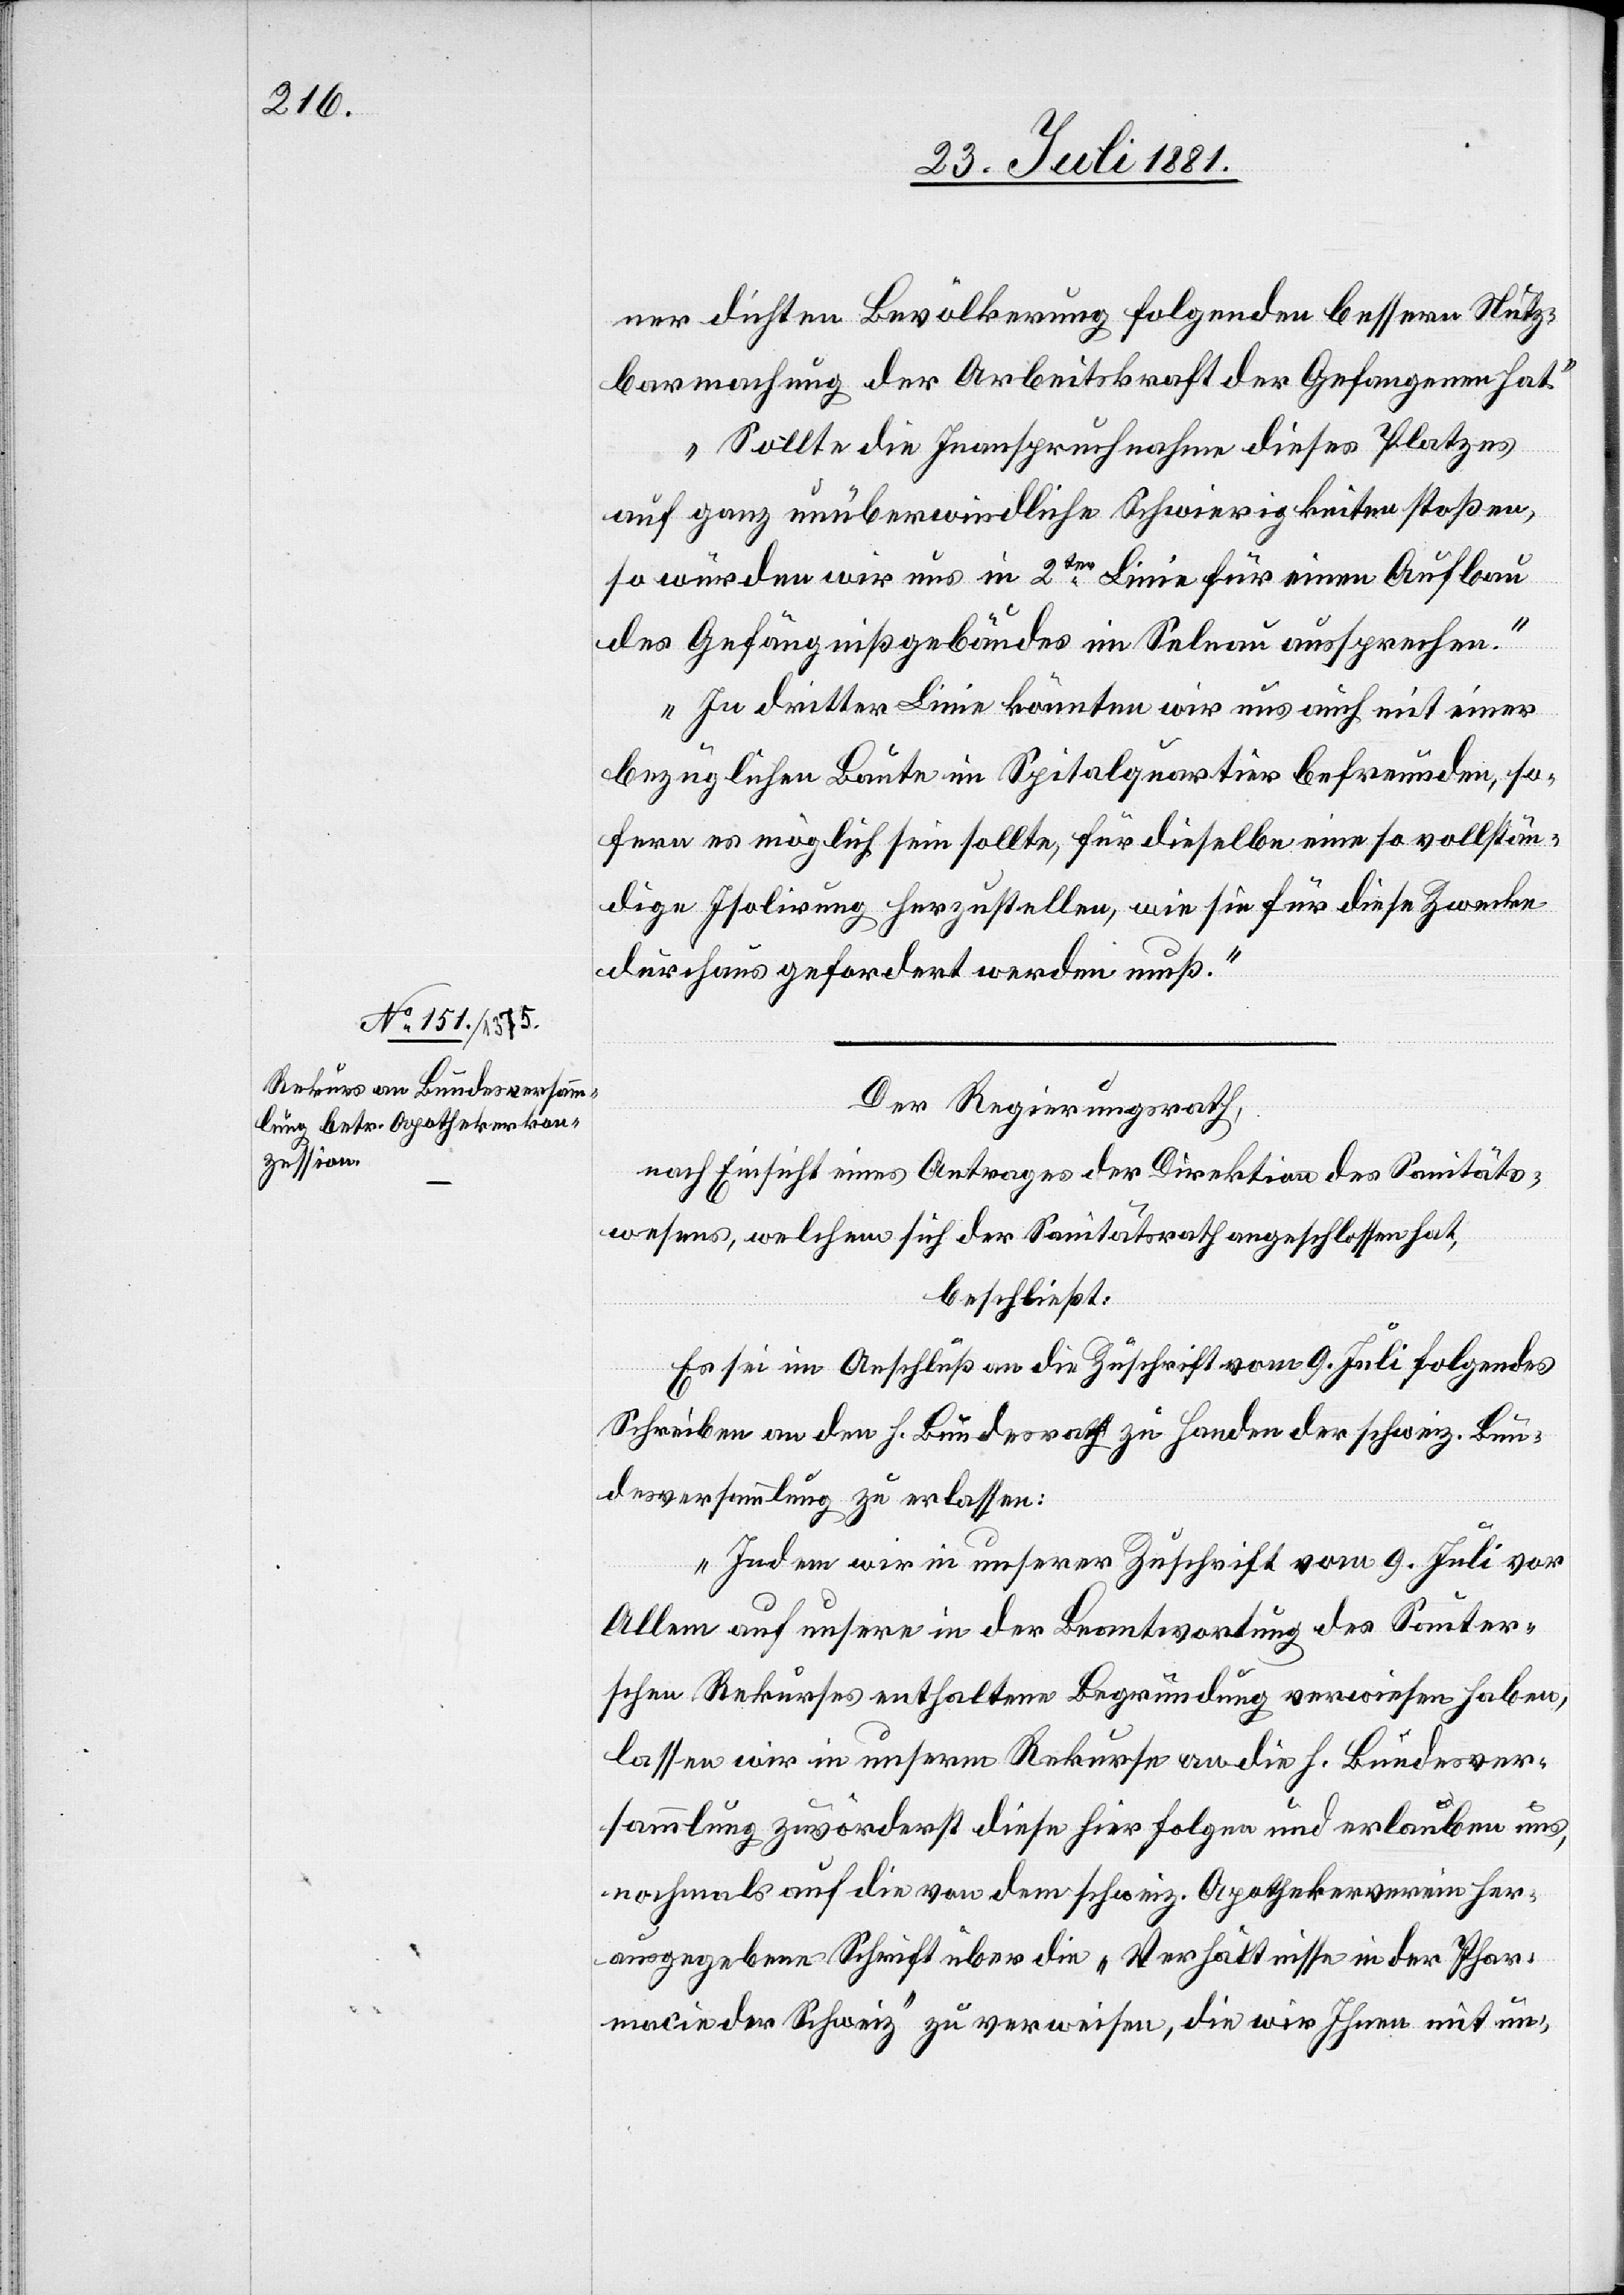
ner dichten Bevölkerung folgenden bessern Nutz¬
barmachung der Arbeitskraft der Gefangenen hat.
Sollte die Inanspruchnahme dieses Platzes
auf ganz unüberwindliche Schwierigkeiten stoßen,
so würden wir uns in 2ter Linie für einen Aufbau
des Gefängnißgebäudes im Selnau aussprechen.
In dritter Linie könnten wir uns auch mit einer
bezüglichen Baute im Spitalquartier befreunden, so¬
fern es möglich sein sollte, für dieselbe eine so vollstän¬
dige Isolierung herzustellen, wie sie für diese Zwecke
durchaus gefordert werden muß.“
Der Regierungsrath,
nach Einsicht eines Antrages der Direktion des Sanitäts¬
wesens, welchem sich der Sanitätsrath angeschlossen hat,
beschließt:
Es sei im Anschluß an die Zuschrift vom 9. Juli folgendes
Schreiben an den h. Bundesrath zu Handen der schweiz. Bun¬
desversammlung zu erlassen:
„Indem wir in unserer Zuschrift vom 9. Juli vor
Allem auf unsere in der Beantwortung des Sanitä¬
r‘schen Rekurs enthaltene Begründung verwiesen haben,
lassen wir in unserm Rekurse an die h. Bundesver¬
sammlung zuvorderst diese hier folgen und erlauben uns,
nochmals auf die von dem schweiz. Apothekerverein her¬
ausgegebene Schrift über die „Verhältnisse in der Phar¬
macie der Schweiz“ zu verweisen, die wir Ihnen mit un-